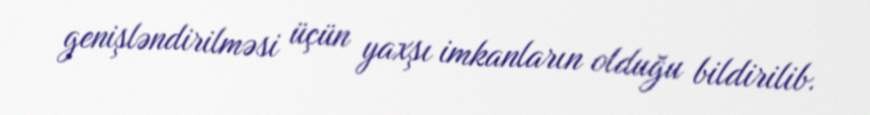
genişləndirilməsi üçün yaxşı imkanların olduğu bildirilib.